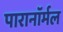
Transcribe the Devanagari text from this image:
पारानाॅर्मल